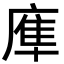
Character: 㢑